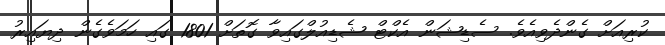
ކުރިއަށް ގެންދެވިއެވެ. ސެޑިޝަން އެކްޓް ޝެޑިއުލްގައިވާ ގޮތަށް 1801 ގައި ހަމަވެގެން ދިޔައިރު